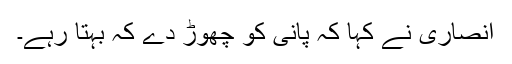
انصاری نے کہا کہ پانی کو چھوڑ دے کہ بہتا رہے۔